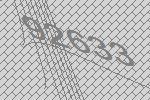
92633